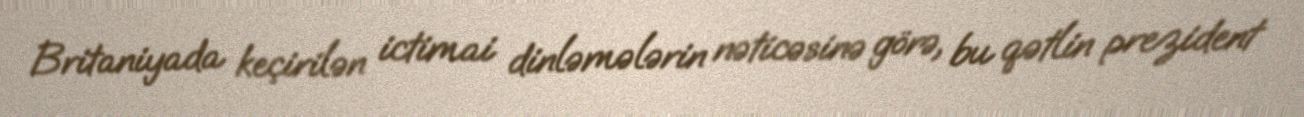
Britaniyada keçirilən ictimai dinləmələrin nəticəsinə görə, bu qətlin prezident